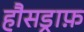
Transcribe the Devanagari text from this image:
हौसड्राफ़